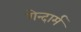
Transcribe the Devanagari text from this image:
गेन्दार्म